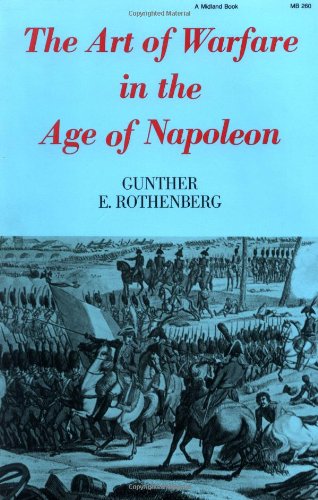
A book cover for The Art of Warfare in the Age of Napoleon; Gunther E. Rothenberg; History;